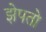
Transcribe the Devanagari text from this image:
झेपतो